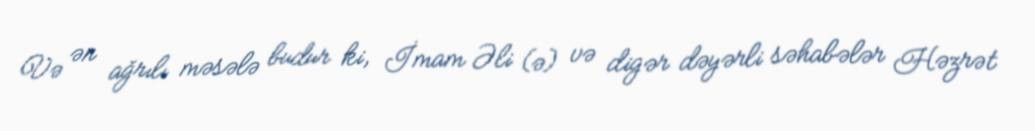
Və ən ağrılı məsələ budur ki, İmam Əli (ə) və digər dəyərli səhabələr Həzrət